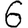
Digit: 6